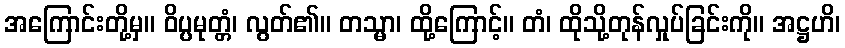
အကြောင်းတို့မှ။ ဝိပ္ပမုတ္တံ၊ လွတ်၏။ တသ္မာ၊ ထို့ကြောင့်။ တံ၊ ထိုသို့တုန်လှုပ်ခြင်းကို။ အဋ္ဌဟိ၊